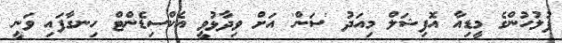
ފުލުހުންގެ މީޑިއާ އޮފިޝަލް މިއަދު 'ސަން' އަށް ވިދާޅުވީ އެކްސިޑެންޓް ހިނގާފައި ވަނީ